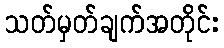
သတ်မှတ်ချက်အတိုင်း